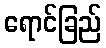
ရောင်ခြည်